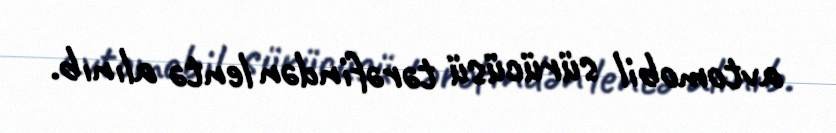
avtomobil sürücüsü tərəfindən lentə alınıb.